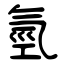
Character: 氫